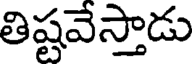
తిష్టవేస్తాడు